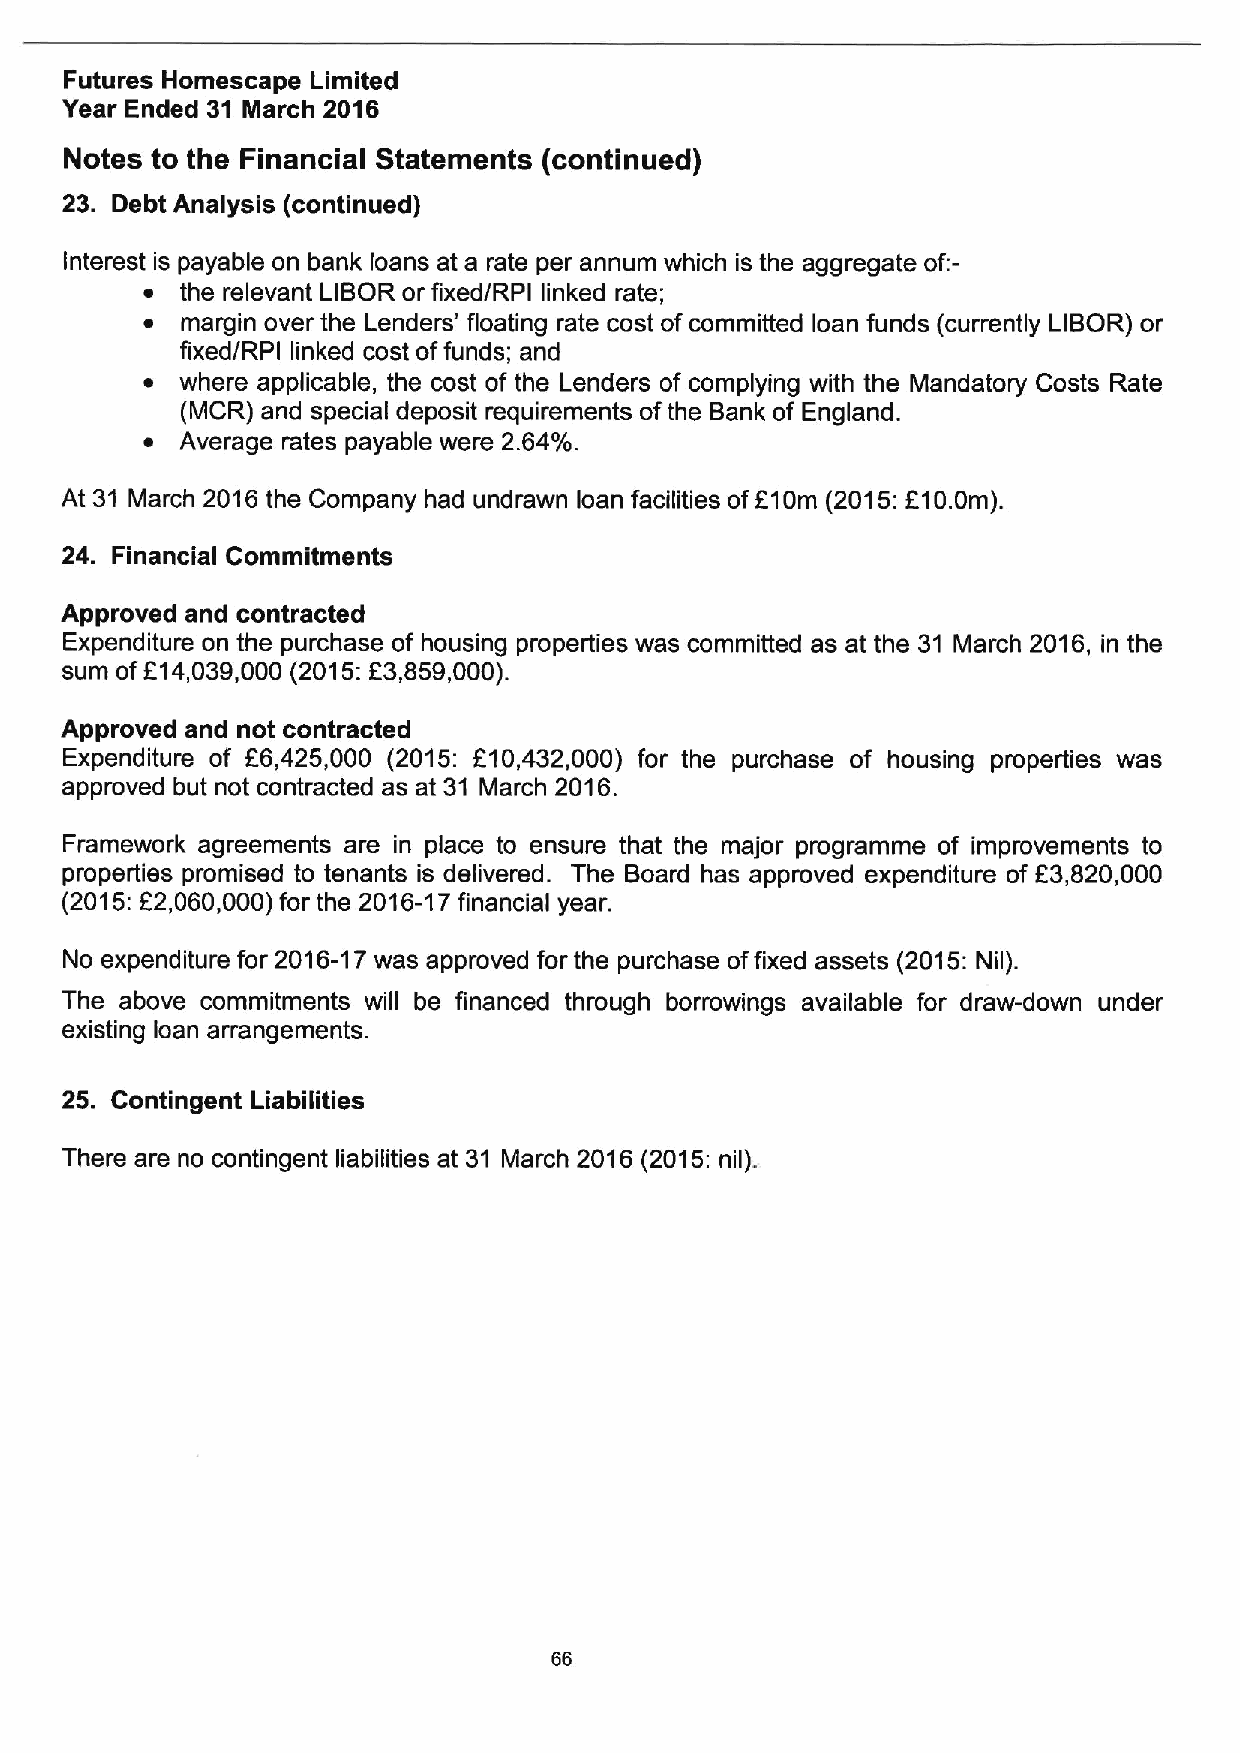
Futures Homescape Limited
 Year Ended 31 March 2016
 Notes to the Financial Statements (continued)
 23. Debt Analysis (continued)
 Interest is payable on bank loans at a rate per annum which is the aggregate of:-
 ~  the relevant LIBOR or fixed/RPI linked rate;
 ~  margin over the Lenders' floating rate cost ofcommitted loan funds (currently LIBOR) or
 fixed/RPI linked cost offunds; and
 ~  where applicable, the cost of the Lenders of complying with the Mandatory Costs Rate
 (MCR) and special deposit requirements ofthe Bank of England.
 ~  Average rates payable were 2.64%.
 At 31 March 2016the Company had undrawn loan facilities ofF10m (2015:E10.0m).
 24. Financial Commitments
 Approved and contracted
 Expenditure on the purchase of housing properties was committed as at the 31 March 2016, in the
 sum ofF14,039,000 (2015:L3,859,000).
 Approved and not contracted
 Expenditure of F6,425,000 (2015: 210,432,000) for the purchase of housing properties was
 approved but not contracted as at 31 March 2016.
 Framework agreements are in place to ensure that the major programme of improvements to
 properties promised to tenants is delivered. The Board has approved expenditure of f3,820,000
 (2015:E2,060,000)for the 2016-17financial year.
 No expenditure for 2016-17was approved for the purchase offixed assets (2015:Nil).
 The above commitments will be financed through borrowings available for draw-down under
 existing loan arrangements.
 25. Contingent Liabilities
 There are no contingent liabilities at 31 March 2016 (2015:nil).
 66